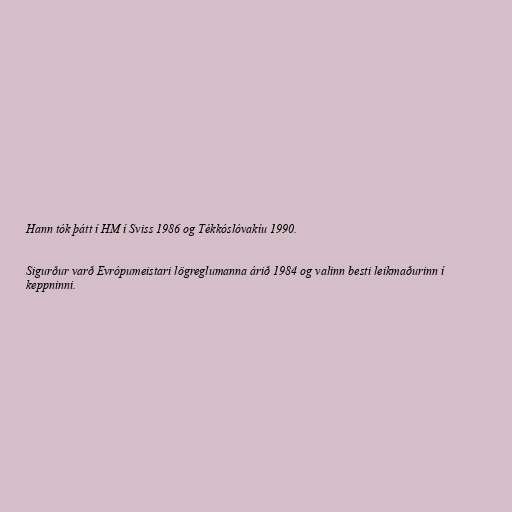
Hann tók þátt í HM í Sviss 1986 og Tékkóslóvakíu 1990.

Sigurður varð Evrópumeistari lögreglumanna árið 1984 og valinn besti leikmaðurinn í
keppninni.